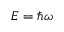
E = \hbar \omega